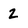
Character: Z